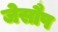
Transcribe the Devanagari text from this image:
जेसौप